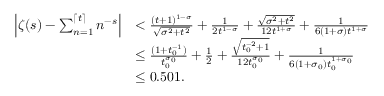
\begin{array} { r l } { \left| \zeta ( s ) - \sum _ { n = 1 } ^ { \lceil t \rceil } n ^ { - s } \right| } & { < \frac { ( t + 1 ) ^ { 1 - \sigma } } { \sqrt { \sigma ^ { 2 } + t ^ { 2 } } } + \frac { 1 } { 2 t ^ { 1 - \sigma } } + \frac { \sqrt { \sigma ^ { 2 } + t ^ { 2 } } } { 1 2 t ^ { 1 + \sigma } } + \frac { 1 } { 6 ( 1 + \sigma ) t ^ { 1 + \sigma } } } \\ & { \le \frac { ( 1 + t _ { 0 } ^ { - 1 } ) } { t _ { 0 } ^ { \sigma _ { 0 } } } + \frac { 1 } { 2 } + \frac { \sqrt { t _ { 0 } ^ { - 2 } + 1 } } { 1 2 t _ { 0 } ^ { \sigma _ { 0 } } } + \frac { 1 } { 6 ( 1 + \sigma _ { 0 } ) t _ { 0 } ^ { 1 + \sigma _ { 0 } } } } \\ & { \le 0 . 5 0 1 . } \end{array}